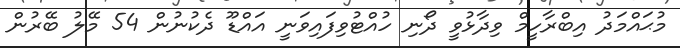
މުޙައްމަދު އިބްރާހީމް ވިދާޅުވީ ދޯނި ހުއްޓުވިފައިވަނީ އައްޑޫ ދެކުނުން 54 މޭލު ބޭރުން